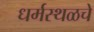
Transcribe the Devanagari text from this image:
धर्मस्थळचे